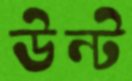
উন্ট